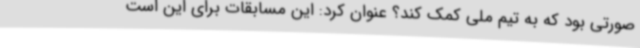
صورتی بود که به تیم ملی کمک کند؟ عنوان کرد: این مسابقات برای این است